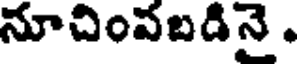
నూచింవబడినై .